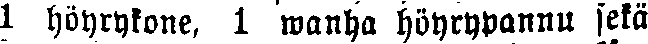
1 höyrykone, 1 wanha höyrypannu sekä